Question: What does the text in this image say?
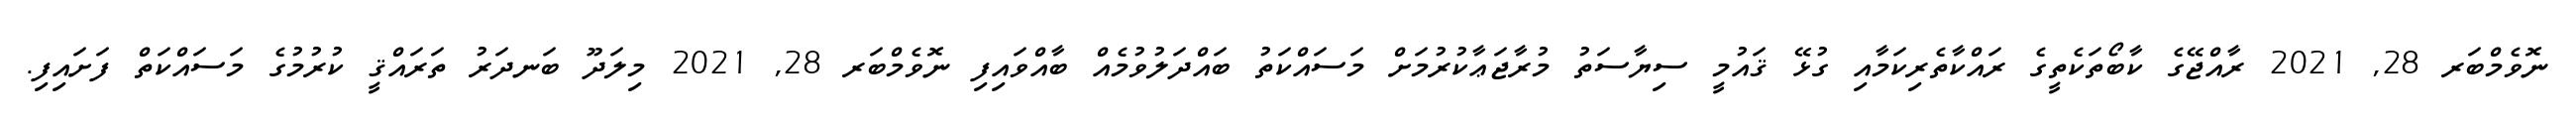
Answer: ނޮވެމްބަރ 28, 2021 ރާއްޖޭގެ ކާބޯތަކެތީގެ ރައްކާތެރިކަމާއި ގުޅޭ ޤައުމީ ސިޔާސަތު މުރާޖަޢާކުރުމަށް މަސައްކަތު ބައްދަލުވުމެއް ބާއްވައިފި ނޮވެމްބަރ 28, 2021 މިލަދޫ ބަނދަރު ތަރައްޤީ ކުރުމުގެ މަސައްކަތް ފަށައިފި.